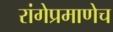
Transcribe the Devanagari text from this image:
रांगेप्रमाणेच